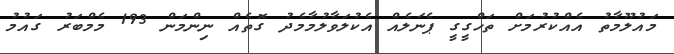
މައުލޫމާތު އެއްކުރުމަށް ތަހްގީގީ ޕެނަލެއް އެކުލަވާލުމާމެދު ގޮތެއް ނިންމަން 193 މެމްބަރު ގައުމު